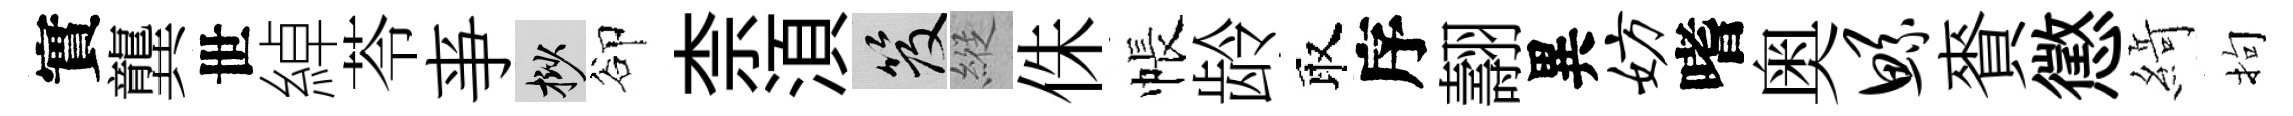
實龔世綽苓亊挲卻柰湏笈縱侏帳龄取序翿異妨嗜奥鲧賚懲𦂶拘